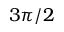
3 \pi / 2